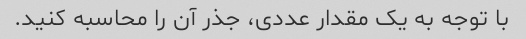
با توجه به یک مقدار عددی، جذر آن را محاسبه کنید.